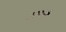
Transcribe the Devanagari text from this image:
ठहराऐ